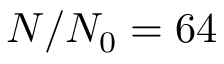
N / N _ { 0 } = 6 4 \